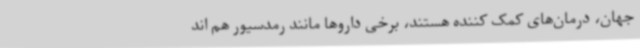
جهان، درمان‌های کمک کننده هستند، برخی داروها مانند رمدسیور هم اند